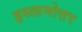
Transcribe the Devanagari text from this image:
इस्लामोत्तर